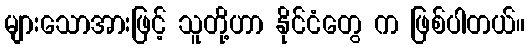
များသောအားဖြင့် သူတို့ဟာ နိုင်ငံတွေ က ဖြစ်ပါတယ်။